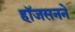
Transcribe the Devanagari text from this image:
हॉजसनने